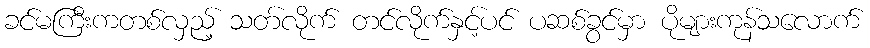
ခင်မကြီးကတစ်လှည့် သတ်လိုက် တင်လိုက်နှင့်ပင် ပဆစ်ခွင်မှာ ပိုများကုန်သလောက်